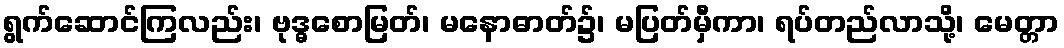
ရွက်ဆောင်ကြလည်း၊ ဗုဒ္ဓစောမြတ်၊ မနောဓာတ်၌၊ မပြတ်မှီကာ၊ ရပ်တည်လာသို့၊ မေတ္တာ